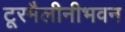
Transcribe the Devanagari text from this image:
टूरमैलीनीभवन